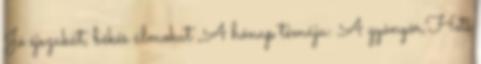
Jó éjszakát, békés álmokat ,A hónap témája: A gyönyör,Heti